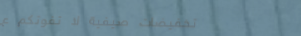
تخفيضات صيفية لا تفوتكم ع